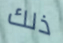
ذلك